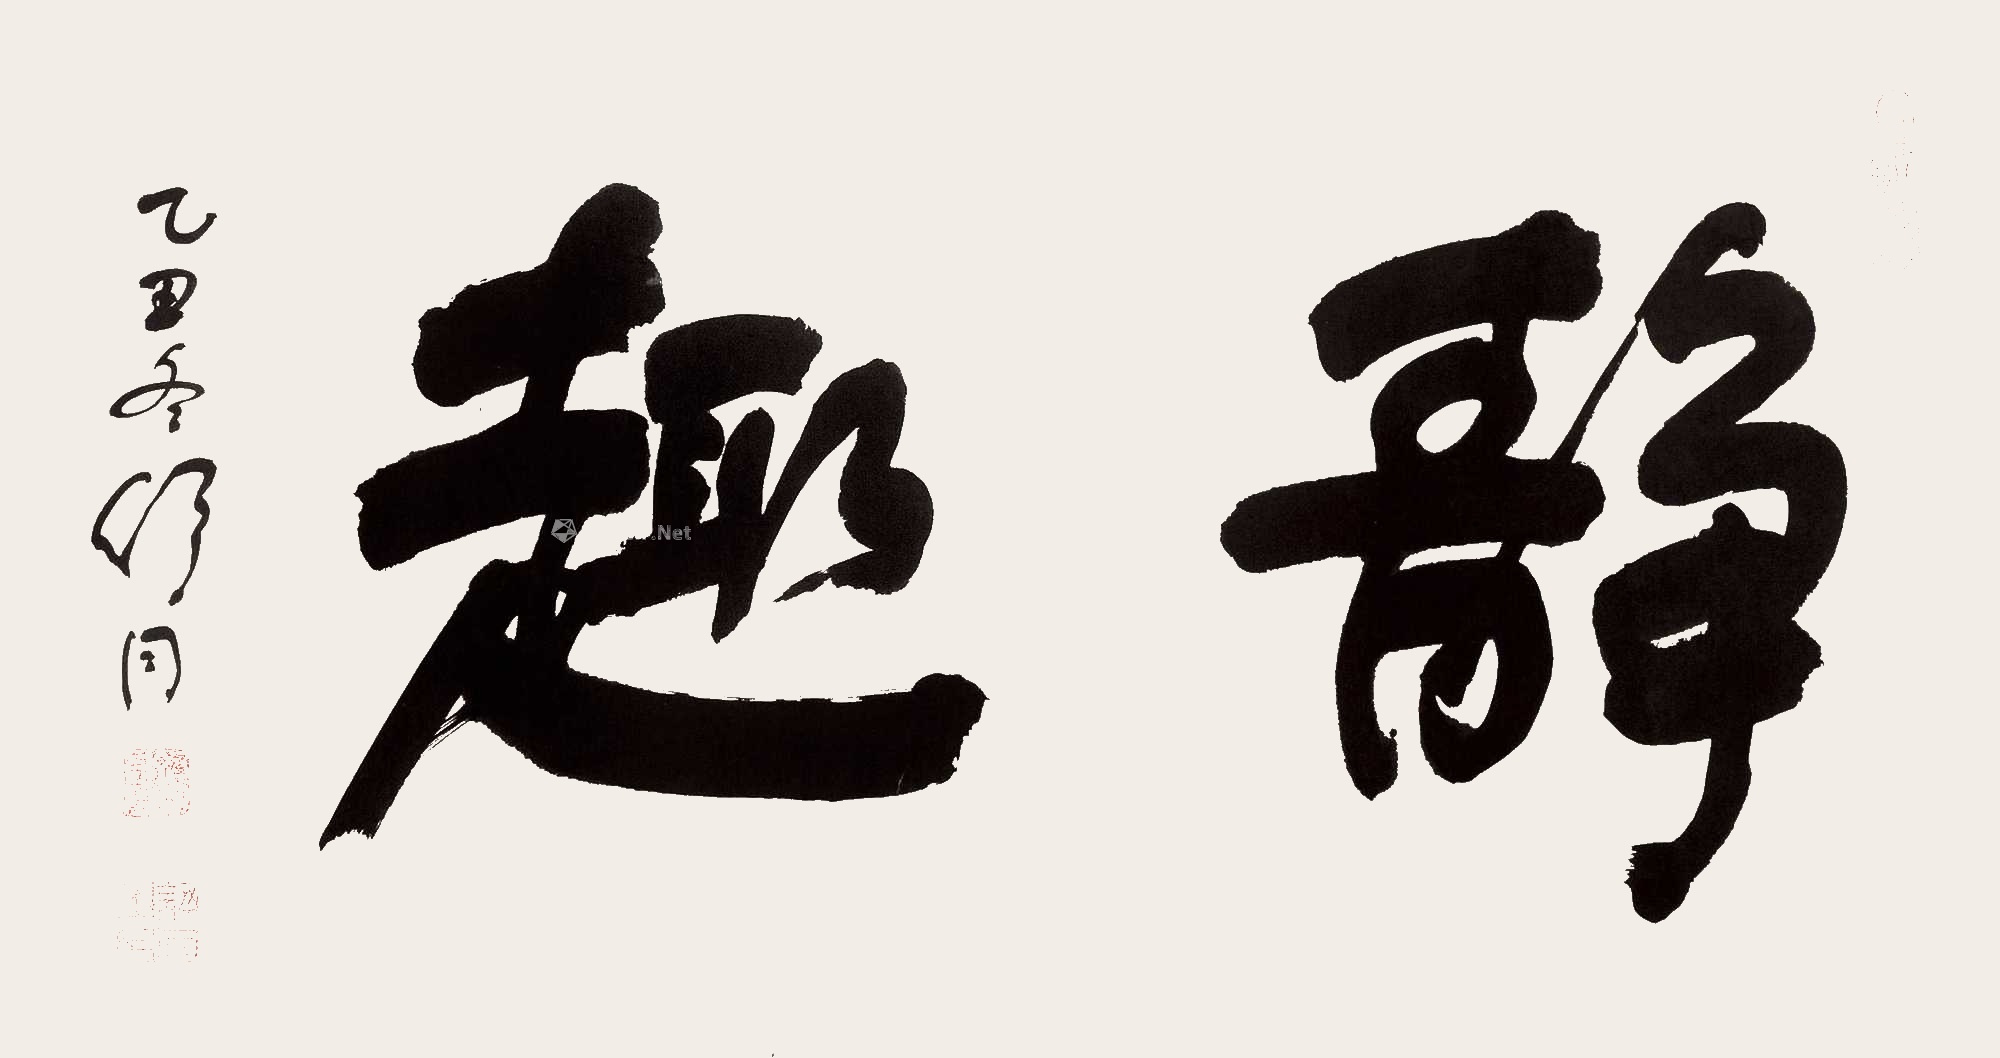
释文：静趣乙丑冬舒同。